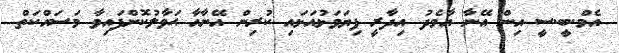
އެމް.ބީ.ސީ އިން އޭނާ އާމެދު އިދާރީ ފިޔަވަޅުއަޅައި ކުރިން އޭނާއާ ޙަވާލުކޮށްފައިވާ މަސައްކަތް